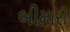
બીમારી